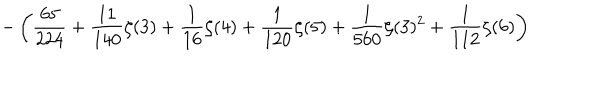
\displaystyle - \left( \frac { 6 5 } { 2 2 4 } + \frac { 1 1 } { 1 4 0 } \zeta ( 3 ) + \frac { 1 } { 1 6 } \zeta ( 4 ) + \frac { 1 } { 1 2 0 } \zeta ( 5 ) + \frac { 1 } { 5 6 0 } \zeta ( 3 ) ^ { 2 } + \frac { 1 } { 1 1 2 } \zeta ( 6 ) \right)